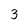
Character: 3